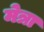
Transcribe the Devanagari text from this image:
मेत्रा